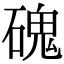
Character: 磈